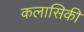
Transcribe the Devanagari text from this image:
कलासिकी